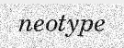
neotype